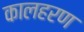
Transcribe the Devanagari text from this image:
कालहरण